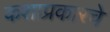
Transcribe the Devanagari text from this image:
कशाप्रकारचे